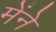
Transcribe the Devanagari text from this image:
मेंने